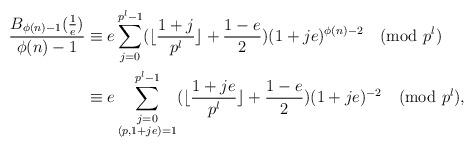
LaTeX: \begin{align*}\frac{B_{\phi(n)-1}(\frac{1}{e})}{\phi(n)-1} &\equiv e\sum_{j=0}^{p^{l}-1}(\lfloor\frac{1+j}{p^{l}}\rfloor+\frac{1-e}{2})(1+je)^{\phi(n)-2}\pmod {p^{l}}\\&\equiv e\sum_{\substack{j=0\\ (p,1+je)=1}}^{p^{l}-1}(\lfloor\frac{1+je}{p^{l}}\rfloor+\frac{1-e}{2})(1+je)^{-2}\pmod {p^{l}},\end{align*}